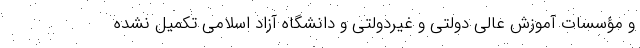
و مؤسسات آموزش عالی دولتی و غیردولتی و دانشگاه آزاد اسلامی تکمیل نشده